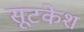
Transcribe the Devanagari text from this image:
सूटकेश